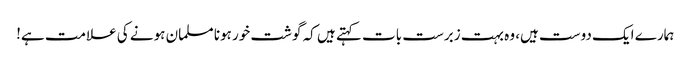
ہمارے ایک دوست ہیں، وہ بہت زبرست بات کہتے ہیں کہ گوشت خور ہونا مسلمان ہونے کی علامت ہے!